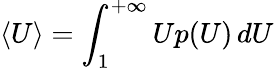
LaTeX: \langle U\rangle=\int_{1}^{+\infty}Up(U)\, dU